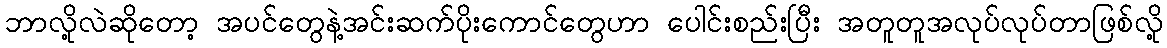
ဘာလို့လဲဆိုတော့ အပင်တွေနဲ့အင်းဆက်ပိုးကောင်တွေဟာ ပေါင်းစည်းပြီး အတူတူအလုပ်လုပ်တာဖြစ်လို့